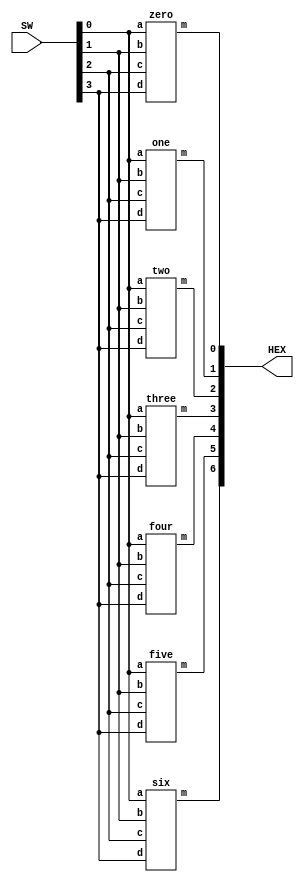
module hex_decoder(SW,HEX);
	input [3:0] SW;
	output [6:0] HEX;
	
	zero m1(
		.a(SW[0]),
		.b(SW[1]),
		.c(SW[2]),
		.d(SW[3]),
		.m(HEX[0])
		);
	one m2(
		.a(SW[0]),
		.b(SW[1]),
		.c(SW[2]),
		.d(SW[3]),
		.m(HEX[1])
		);
	two m3(
		.a(SW[0]),
		.b(SW[1]),
		.c(SW[2]),
		.d(SW[3]),
		.m(HEX[2])
		);
	three m4(
		.a(SW[0]),
		.b(SW[1]),
		.c(SW[2]),
		.d(SW[3]),
		.m(HEX[3])
		);
   four m5(
		.a(SW[0]),
		.b(SW[1]),
		.c(SW[2]),
		.d(SW[3]),
		.m(HEX[4])
		);
	five m6(
		.a(SW[0]),
		.b(SW[1]),
		.c(SW[2]),
		.d(SW[3]),
		.m(HEX[5])
		);
	six m7(
		.a(SW[0]),
		.b(SW[1]),
		.c(SW[2]),
		.d(SW[3]),
		.m(HEX[6])
		);
endmodule

module zero(a,b,c,d,m);
	input a;
	input b;
	input c;
	input d;
	output m;
	
	assign m = ~((b & c) | (~a & d) | (~a & ~c) | (~b & ~c & d) | (a & c & ~d) | (b & ~c & ~d));
endmodule

module one(a,b,c,d,m);
	input a;
	input b;
	input c;
	input d;
	output m;
	
	assign m = ~((~c & ~a) | (~c & ~d) | (d & a & ~b) | (~d & a & b) | (~d & ~a & ~b));
endmodule

module two(a,b,c,d,m);
	input a;
	input b;
	input c;
	input d;
	output m;
	
	assign m = ~((c & ~d) | (~c & d) | (a & ~c) | (a & ~b) | (~d & ~a & ~b));
endmodule

module three(a,b,c,d,m);
	input a;
	input b;
	input c;
	input d;
	output m;
	
	assign m = ~((c & a & ~b) | (c & ~a & b) | (d & ~a & ~b) | (~c & ~a & ~b) | (~c & a & b) | (b & ~c & ~d));
endmodule

module four(a,b,c,d,m);
	input a;
	input b;
	input c;
	input d;
	output m;

   assign m = ~((b & d) | (~a & d) | (~c & ~a) | (c & d & ~b) | (~d & ~a & b));
endmodule

module five(a,b,c,d,m);
	input a;
	input b;
	input c;
	input d;
	output m;
	
	assign m = ~((b & d) | (~a & d) | (~a & c) | (~a & ~b) | (~b & c & ~d) | (~b & ~c & d));
endmodule

module six(a,b,c,d,m);
	input a;
	input b;
	input c;
	input d;
	output m;
	
	assign m = ~((d & a) | (d & b) | (~c & b) | (~a & c & ~d) | (~b & c & ~d) | (~b & ~c & d));
endmodule